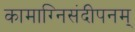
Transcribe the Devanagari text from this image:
कामाग्निसंदीपनम्